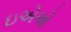
ઇએએ